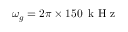
\omega _ { g } = 2 \pi \times 1 5 0 \, \mathrm { ~ k ~ H ~ z ~ }